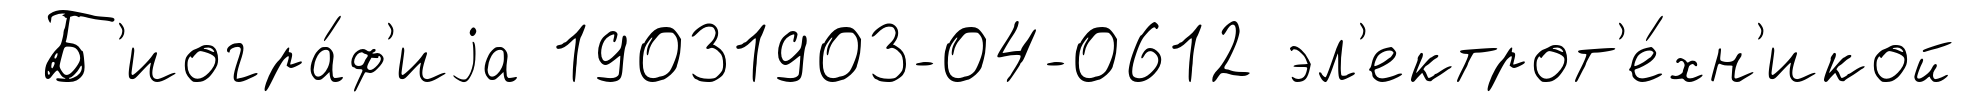
Б'иогра́ф'иjа 19031903-04-0612 эл'ектрот'е́хн'икой